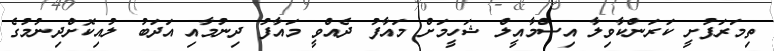
ތިމަރަފުށީ ކަރަންކާވިލާ އިސްމާއީލް ޝަހީމަށް މައާފު ދެއްވީ މައާފު ދިނުމާއި އަދަބު ލުއިކޮށްދިނުމުގެ